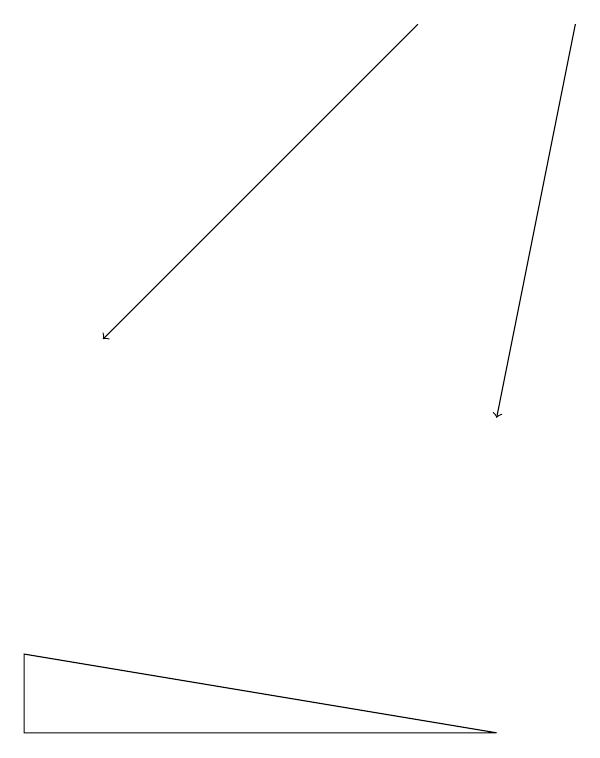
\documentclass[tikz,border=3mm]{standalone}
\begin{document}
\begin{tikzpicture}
\draw[->] (9,16) -- (8,11);
\draw[->] (7,16) -- (3,12);
\draw (2,7) -- (2,8) -- (8,7) -- cycle;
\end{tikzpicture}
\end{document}